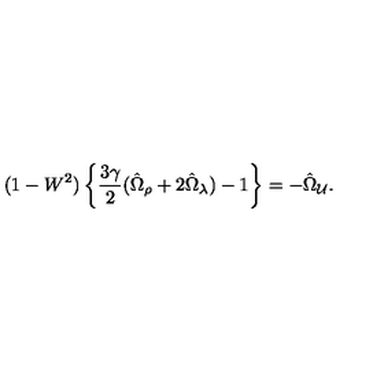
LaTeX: ( 1 - W ^ { 2 } ) \left\{ \frac { 3 \gamma } { 2 } ( \hat { \Omega } _ { \rho } + 2 \hat { \Omega } _ { \lambda } ) - 1 \right\} = - \hat { \Omega } _ { \cal U } .